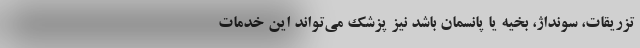
تزریقات، سونداژ، بخیه یا پانسمان باشد نیز پزشک می‌تواند این خدمات